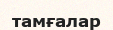
тамғалар